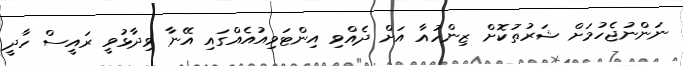
ނަންނުޖެހުމަށް ޝަރުތުކޮށް ޒިންހުއާ އަށް ދެއްވި އިންޓަވިއުއެއްގައި އޭނާ ވިދާޅުވީ ރައީސް ހާދީ